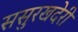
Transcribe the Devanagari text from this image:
ससुरखदेरी